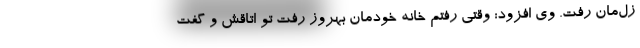
زل‌مان رفت. وی افزود: وقتی رفتم خانه خودمان بهروز رفت تو اتاقش و گفت